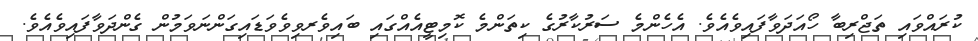
ކުރައްވައި ތަޖްރިބާ ހޯއަދަވާފައިވެއެވެ. އެހެންމެ ސަރުކާރުގެ ކިތަންމެ ކޮމިޓީއެއްގައި ބައިވެރވިވެވަޑައިގަންނަވަމުން ގެންދަވާފައިވެއެވެ.